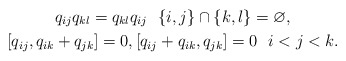
\begin{gather*} q_{ij} q_{kl}=q_{kl} q_{ij} \ \ \{i,j\} \cap \{k,l\} = \varnothing, \\ [q_{ij},q_{ik}+q_{jk}]=0,[q_{ij}+q_{ik},q_{jk}]=0 \ \ i < j < k. \end{gather*}